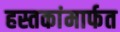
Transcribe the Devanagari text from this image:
हस्तकांमार्फत